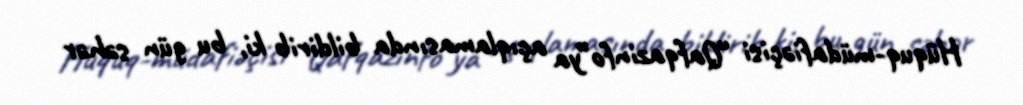
Hüquq-müdafiəçisi “Qafqazinfo”ya açıqlamasında bildirib ki, bu gün səhər